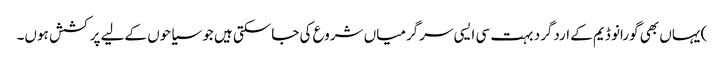
) یہاں بھی گورانو ڈیم کے اردگرد بہت سی ایسی سرگرمیاں شروع کی جاسکتی ہیں جو سیاحوں کےلیے پرکشش ہوں۔